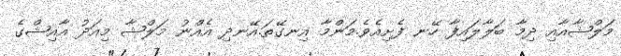
މަލްޝާއާއި ދިމާ ބަލާލައިފާ ހޭނ ފެށިއެވެ.މަންމާ އިނގޭތަ.އޭނދި އެއްނު މަލްޝާ މިއަދު އާއިޝްގެ